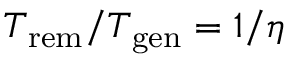
T _ { \mathrm { r e m } } / T _ { \mathrm { g e n } } = 1 / \eta